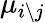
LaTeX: \mu_{i\setminus j}